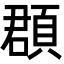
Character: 頵